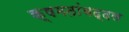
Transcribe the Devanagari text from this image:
क्षमतांबद्दल